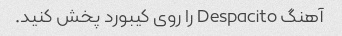
آهنگ Despacito را روی کیبورد پخش کنید.